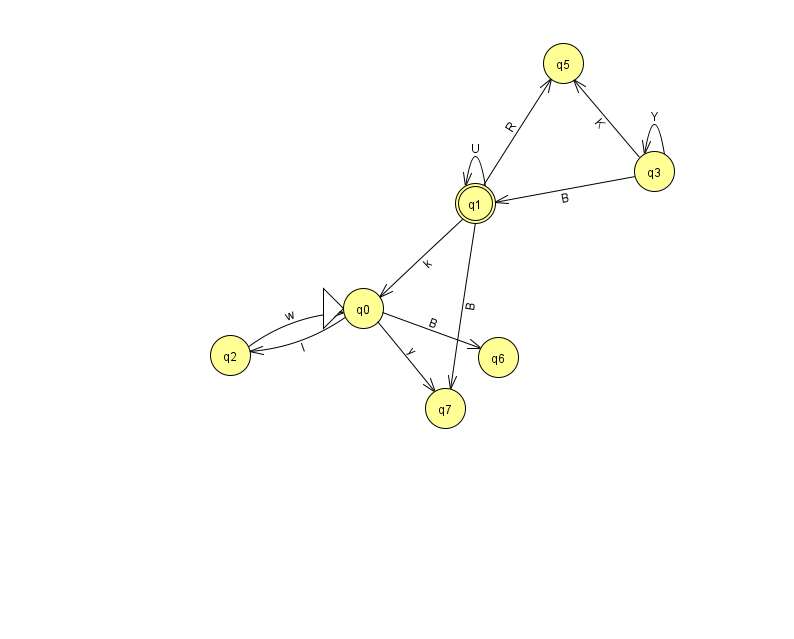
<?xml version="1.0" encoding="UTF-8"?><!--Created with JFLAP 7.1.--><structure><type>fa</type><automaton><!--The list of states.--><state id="0" name="q0"><x>363.0</x><y>295.0</y><initial/></state><state id="1" name="q1"><x>475.0</x><y>190.0</y><final/></state><state id="2" name="q2"><x>230.0</x><y>342.0</y></state><state id="3" name="q3"><x>654.0</x><y>158.0</y></state><state id="5" name="q5"><x>563.0</x><y>50.0</y></state><state id="6" name="q6"><x>498.0</x><y>344.0</y></state><state id="7" name="q7"><x>445.0</x><y>395.0</y></state><!--The list of transitions.--><transition><from>1</from><to>7</to><read>B</read></transition><transition><from>0</from><to>2</to><read>l</read></transition><transition><from>0</from><to>7</to><read>y</read></transition><transition><from>1</from><to>0</to><read>k</read></transition><transition><from>1</from><to>1</to><read>U</read></transition><transition><from>1</from><to>5</to><read>R</read></transition><transition><from>0</from><to>6</to><read>B</read></transition><transition><from>2</from><to>0</to><read>w</read></transition><transition><from>3</from><to>3</to><read>Y</read></transition><transition><from>3</from><to>5</to><read>K</read></transition><transition><from>3</from><to>1</to><read>B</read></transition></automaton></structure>